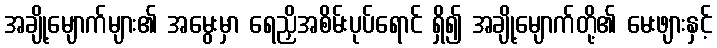
အချို့မျောက်များ၏ အမွေးမှာ ရေညှိအစိမ်းပုပ်ရောင် ရှိ၍ အချို့မျောက်တို့၏ မေးဖျားနှင့်